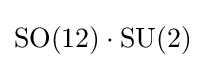
\mathrm {SO} (12)\cdot \mathrm {SU} (2)